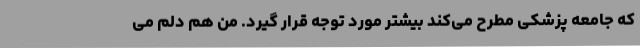
که جامعه پزشکی مطرح می‌کند بیشتر مورد توجه قرار گیرد. من هم دلم می